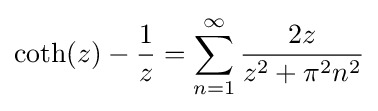
\coth(z)-{\frac {1}{z}}=\sum _{n=1}^{\infty }{\frac {2z}{z^{2}+\pi ^{2}n^{2}}}